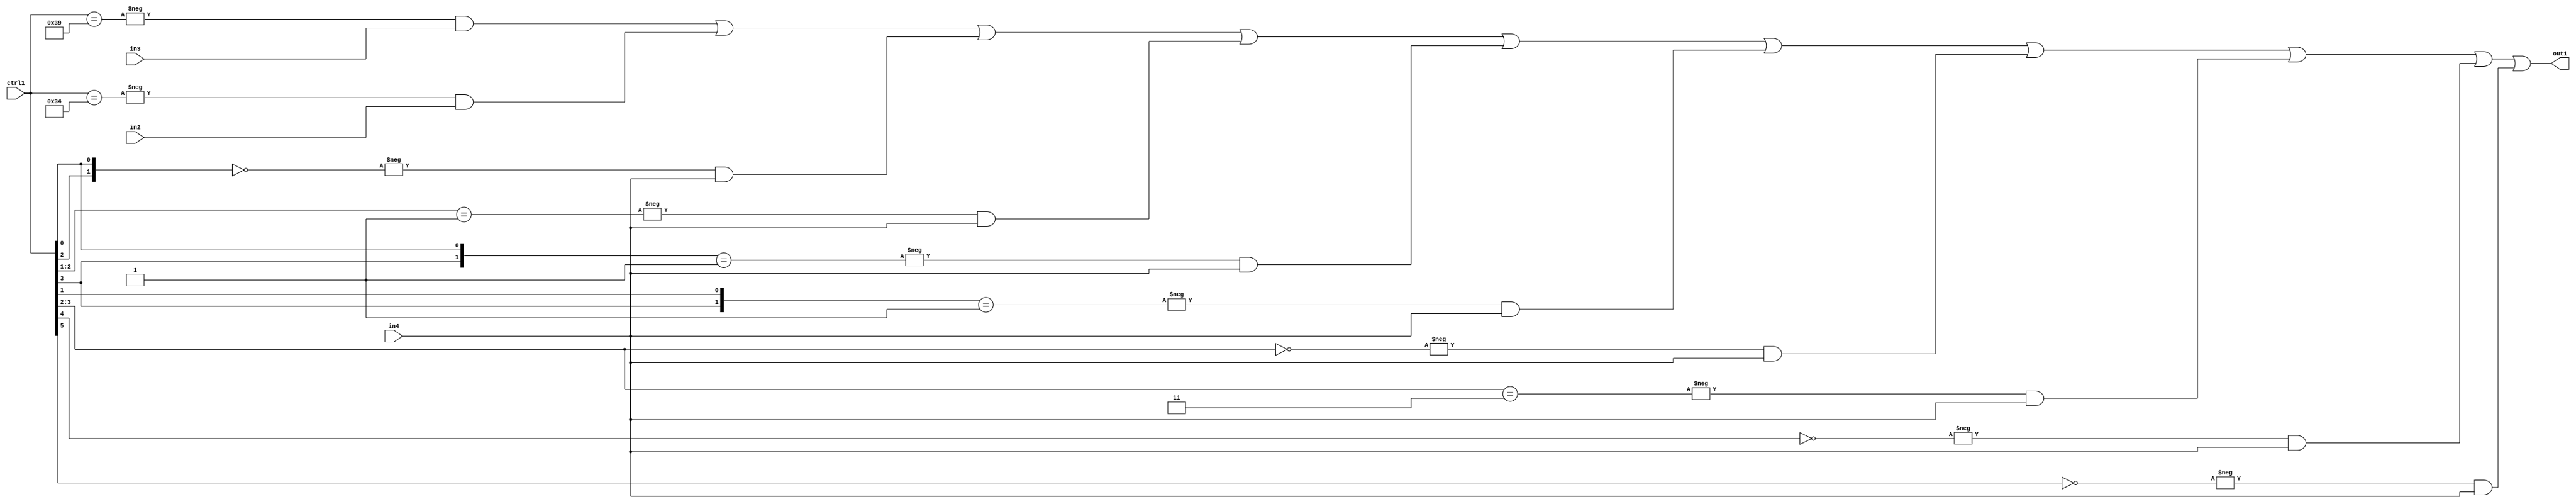
`timescale 1ps / 1ps
/*****************************************************************************
    Verilog RTL Description
    
    
    Created by: Stratus DpOpt 21.05.01 
*******************************************************************************/

module SobelFilter_N_Mux_32_3_72_1 (
	in4,
	in3,
	in2,
	ctrl1,
	out1
	); /* architecture "behavioural" */ 
input [31:0] in4;
input [8:0] in3,
	in2;
input [5:0] ctrl1;
output [31:0] out1;
wire [31:0] asc001;

assign asc001 = 
	-{ctrl1 == 6'B111001} & in3 |
	-{ctrl1 == 6'B110100} & in2 |
	-{{ctrl1[2], ctrl1[0]} == 2'B00} & in4 |
	-{ctrl1[2:1] == 2'B01} & in4 |
	-{{ctrl1[3], ctrl1[0]} == 2'B01} & in4 |
	-{{ctrl1[3], ctrl1[1]} == 2'B01} & in4 |
	-{ctrl1[3:2] == 2'B00} & in4 |
	-{ctrl1[3:2] == 2'B11} & in4 |
	-{ctrl1[4] == 1'B0} & in4 |
	-{ctrl1[5] == 1'B0} & in4 ;

assign out1 = asc001;
endmodule

/* CADENCE  vrjyTg4= : u9/ySxbfrwZIxEzHVQQV8Q== ** DO NOT EDIT THIS LINE ******/